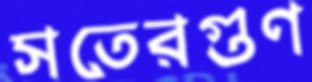
সতেরগুণ